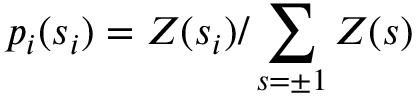
p _ { i } ( s _ { i } ) = Z ( s _ { i } ) / \sum _ { s = \pm 1 } Z ( s )